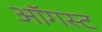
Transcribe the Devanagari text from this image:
ऑॅगस्ट